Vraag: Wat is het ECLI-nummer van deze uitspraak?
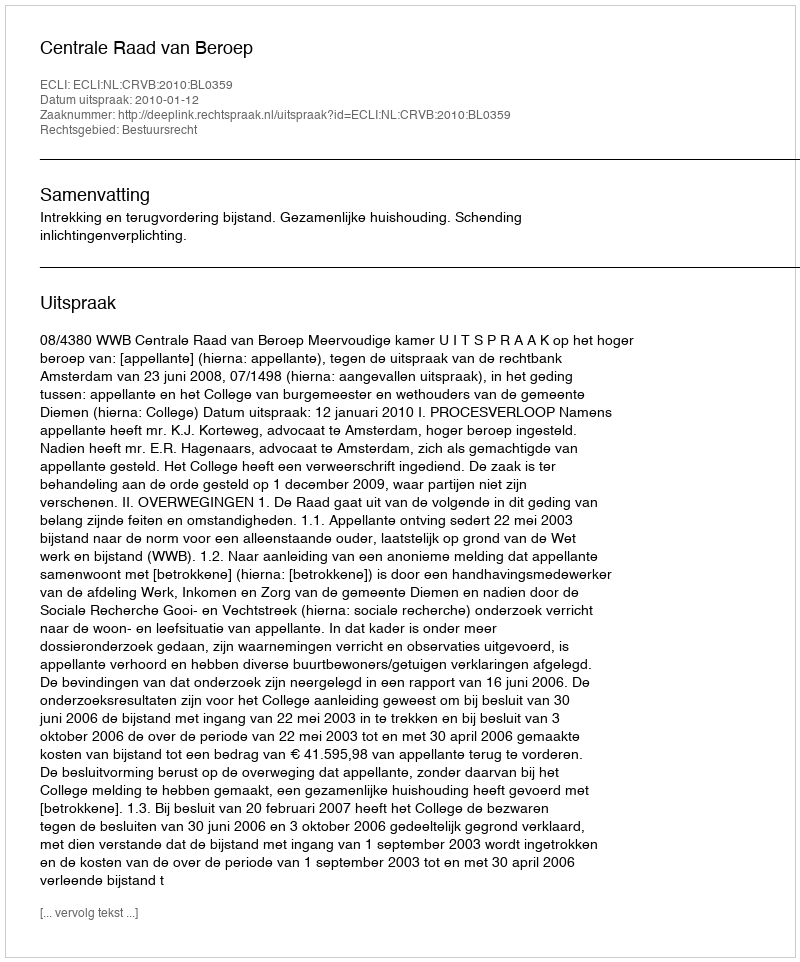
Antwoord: ECLI:NL:CRVB:2010:BL0359